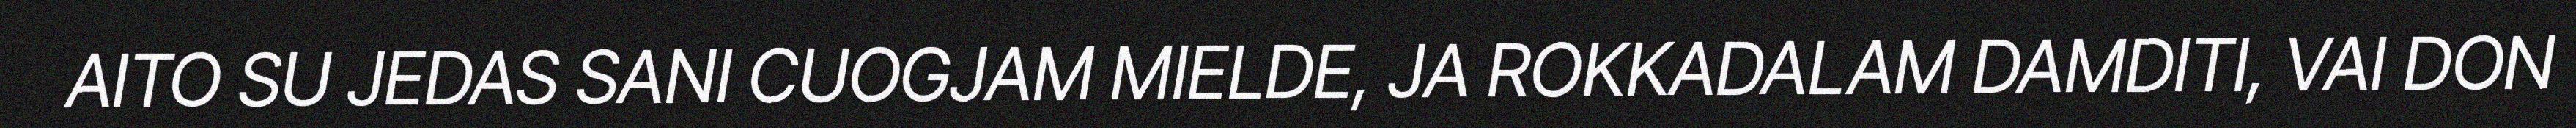
AITO SU JEDAS SANI CUOGJAM MIELDE, JA ROKKADALAM DAMDITI, VAI DON